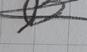
Signature authenticity: forged